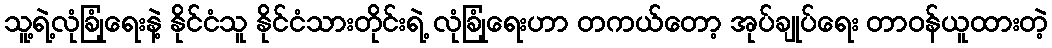
သူ့ရဲ့လုံခြုံရေးနဲ့ နိုင်ငံသူ နိုင်ငံသားတိုင်းရဲ့ လုံခြုံရေးဟာ တကယ်တော့ အုပ်ချုပ်ရေး တာဝန်ယူထားတဲ့